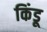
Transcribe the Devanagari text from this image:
किंडू